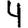
Digit: 4